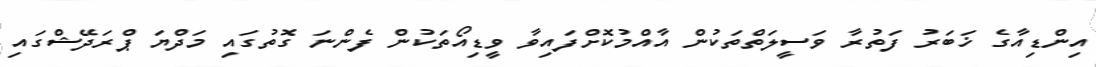
އިންޑިއާގެ ޚަބަރު ފަތުރާ ވަސީލަތްތަކުން އާއްމުކޮށްފައިވާ ވީޑިއޯތަކުން ފެންނަ ގޮތުގައި މަދްޔަ ޕްރަދޭޝްގައި